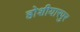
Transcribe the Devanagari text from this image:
होशीयारपुर